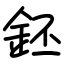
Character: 鉟